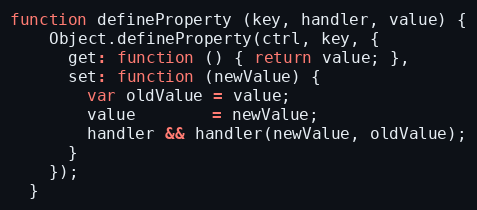
Language: JavaScript
function defineProperty (key, handler, value) {
    Object.defineProperty(ctrl, key, {
      get: function () { return value; },
      set: function (newValue) {
        var oldValue = value;
        value        = newValue;
        handler && handler(newValue, oldValue);
      }
    });
  }